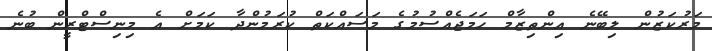
މަރުކަޒުން ލިބޭނެ އިންތިޒާމް ހަމަޖެއްސުމުގެ މަސައްކަތް ކުރަމުންދާ ކަމަށް އެ މިނިސްޓްރީން ބުނެ